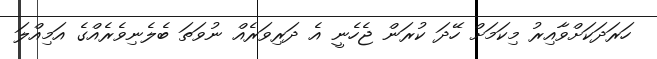
ހަރަދަކަށްވާއިރު މިކަމަށް ހޭދަ ކުރަން ޖެހެނީ އެ ދަރިވަރެއް ނުވަތަ ބެލެނިވެރެއްގެ އަމިއްލަ